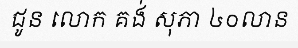
ជូន លោក គង់ សុភា ៤០លាន